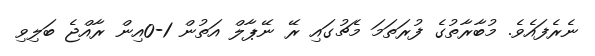
ނެރެފައެވެ. މުބާރާތުގެ ފުރަތަމަ މެޗުގައި ރޭ ނޭޕާލް އަތުން 1-0އިން ރާއްޖެ ބަލިވި